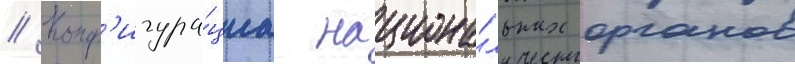
// Конф'игура́циа национа́льных органов